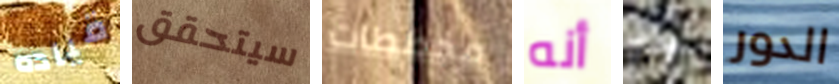
قياده سيتحقق مخططات أنه وذو الدور